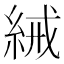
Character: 𬗕